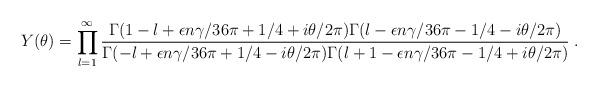
LaTeX: \begin{align*}Y(\theta)=\prod_{l=1}^{\infty}\frac{\textstyle \Gamma(1-l+\epsilon n\gamma/36\pi+1/4+i\theta/2\pi) \Gamma(l-\epsilon n\gamma/36\pi-1/4-i\theta/2\pi)} {\textstyle \Gamma(-l+\epsilon n\gamma/36\pi+1/4-i\theta/2\pi) \Gamma(l+1-\epsilon n\gamma/36\pi-1/4+i\theta/2\pi)}\;.\end{align*}